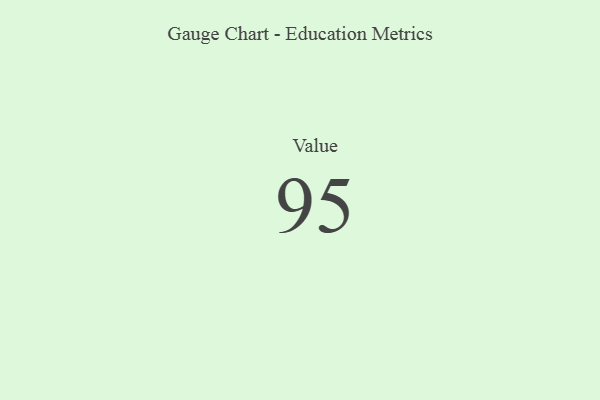
{"axis": {"x": "Metric", "y": "Value"}, "legend": [""], "data": [{"x": "Value", "y": 95, "type": ""}]}